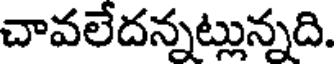
చావలేదన్నట్లున్నది.